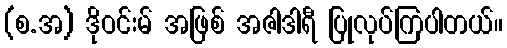
(စ.အ) ဒိုဝင်းမ် အဖြစ် အဇါဒါရီ ပြုလုပ်ကြပါတယ်။